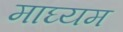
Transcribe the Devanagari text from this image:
माघ्‍यम